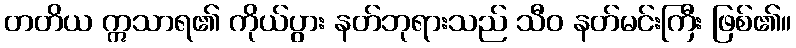
တတိယ ဣသာရ၏ ကိုယ်ပွား နတ်ဘုရားသည် သီဝ နတ်မင်းကြီး ဖြစ်၏။